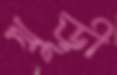
খুড়ী